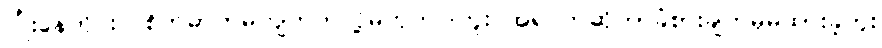
ပြုံးနေတိုင်းလဲစိတ်ဓာတ်မကျတတ်လို့မဟုတ်ပါဘူး အရင်ကဆိုဘာခံစားချက်မှမထားခဲ့ဘူး